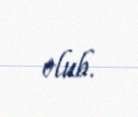
olub.